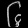
Digit: ၆